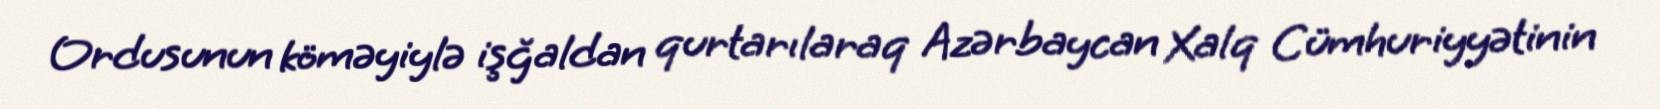
Ordusunun köməyiylə işğaldan qurtarılaraq Azərbaycan Xalq Cümhuriyyətinin